Scottish Leaving Certificate Examination, 1961
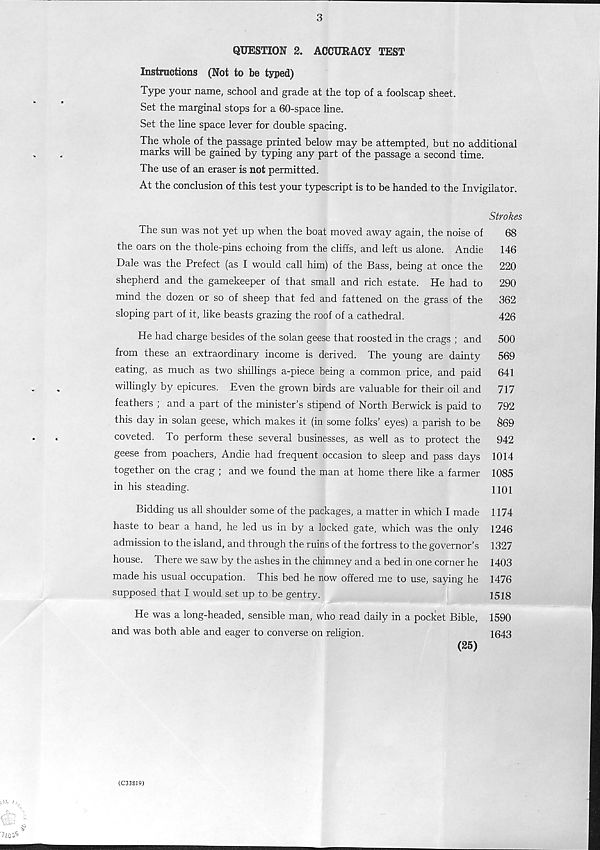
QUESTION 2. ACCURACY TEST
Instructions (Not to be typed)
Type your name, school and grade at the top of a foolscap sheet.
Set the marginal stops for a 60-space line.
Set the line space lever for double spacing.
The whole of the passage printed below may be attempted, but no additional
marks will be gained by typing any part of the passage a second time.
The use of an eraser is not permitted.
At the conclusion of this test your typescript is to be handed to the Invigilator.
The sun was not yet up when the boat moved away again, the noise of
the oars on the thole-pins echoing from the cliffs, and left us alone. Andie
Dale was the Prefect (as I would call him) of the Bass, being at once the
shepherd and the gamekeeper of that small and rich estate. He had to
mind the dozen or so of sheep that fed and fattened on the grass of the
sloping part of it, like beasts grazing the roof of a cathedral.
He had charge besides of the solan geese that roosted in the crags ; and
from these an extraordinary income is derived. The young are dainty
eating, as much as two shillings a-piece being a common price, and paid
willingly by epicures. Even the grown birds are valuable for their oil and
feathers ; and a part of the minister’s stipend of North Berwick is paid to
this day in solan geese, which makes it (in some folks’ eyes) a parish to be
coveted. To perform these several businesses, as well as to protect the
geese from poachers, Andie had frequent occasion to sleep and pass days
together on the crag ; and we found the man at home there like a farmer
in his steading.
Bidding us all shoulder some of the packages, a matter in which I made
haste to bear a hand, he led us in by a locked gate, which was the only
admission to the island, and through the ruins of the fortress to the governor’s
house. There we saw by the ashes in the chimney and a bed in one corner he
made his usual occupation. This bed he now offered me to use, saying he
supposed that I would set up to be gentry.
He was a long-headed, sensible man, who read daily in a pocket Bible,
and was both able and eager to converse on religion.
(25)
Strokes
68
146
220
290
362
426
500
569
641
717
792
§69
942
1014
1085
1101
1174
1246
1327
1403
1476
1518
1590
1643
(C33S19)